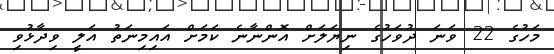
މަހުގެ 22 ވަނަ ދުވަހުގެ ނިޔަލަށް އޮންނާނެ ކަމަށް އައިމިނަތު އަލީ ވިދާޅުވި